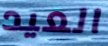
العيد